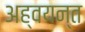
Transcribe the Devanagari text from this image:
अह्वयन्त